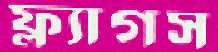
ফ্ল্যাগস